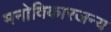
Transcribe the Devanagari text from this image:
मनोविकारजन्य